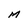
Character: M